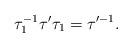
LaTeX: \begin{align*} \tau_1^{-1} \tau'\tau_1 =\tau'^{-1}. \end{align*}